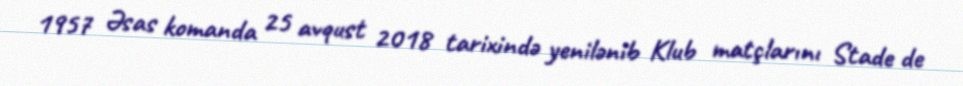
1957 Əsas komanda 25 avqust 2018 tarixində yenilənib Klub matçlarını Stade de